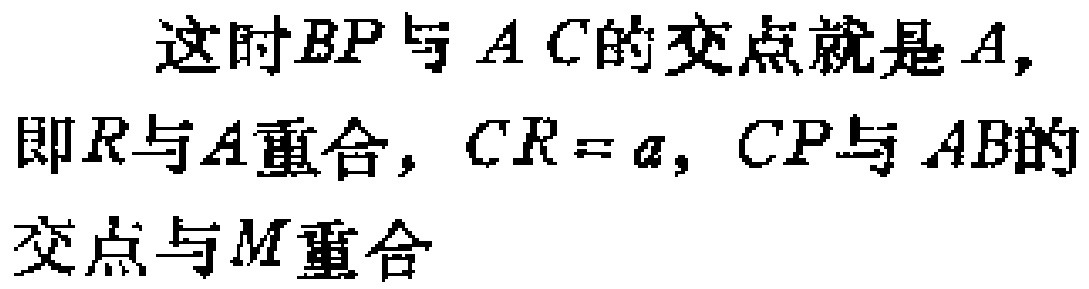
这时\(BP\)与\(AC\)的交点就是\(A\)，即\(R\)与\(A\)重合，\(CR = a\)，\(CP\)与\(AB\)的交点与\(M\)重合